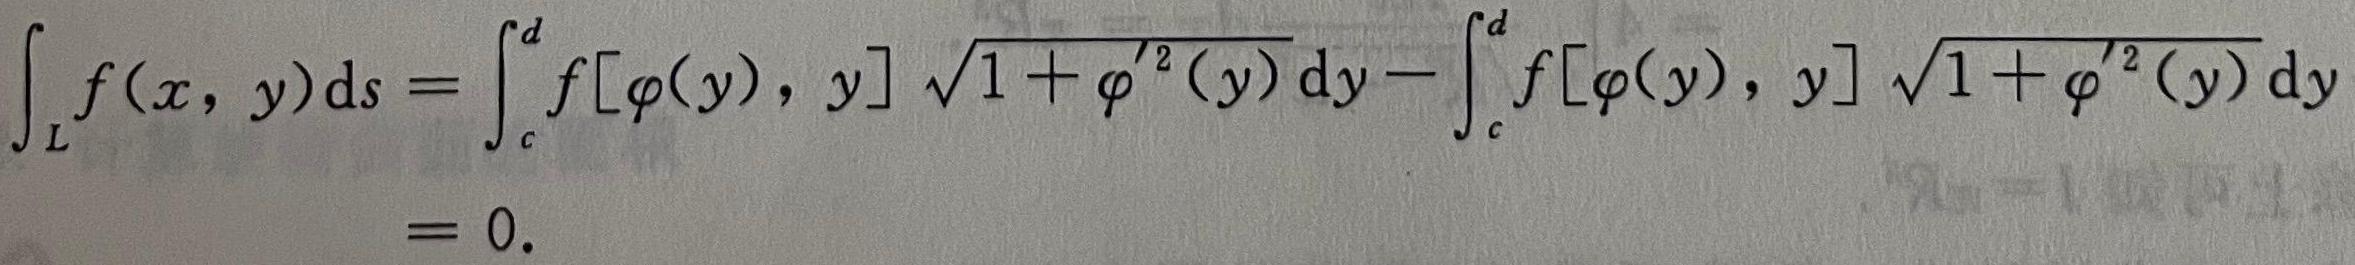
\[
\begin{align*}
\int_{L} f(x, y) \mathrm{d}s&=\int_{c}^{d} f[\varphi(y), y] \sqrt{1+\varphi^{\prime 2}(y)} \mathrm{d}y-\int_{c}^{d} f[\varphi(y), y] \sqrt{1+\varphi^{\prime 2}(y)} \mathrm{d}y\\
&=0.
\end{align*}
\]